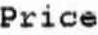
PRICE